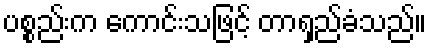
ပစ္စည်းက ကောင်းသဖြင့် တာရှည်ခံသည်။